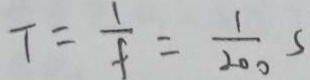
T = \frac { 1 } { f } = \frac { 1 } { 2 0 0 } s